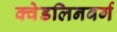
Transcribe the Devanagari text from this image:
क्वेडलिनबर्ग